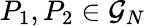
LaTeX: P_{1},P_{2}\in\mathcal{G}_{N}